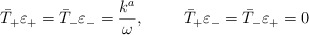
\begin{align*}\bar{T}_+{\varepsilon}_+ = \bar{T}_-\varepsilon_- = \frac{k^a}{\omega}, \hskip 1.0cm \bar{T}_+{\varepsilon}_- = \bar{T}_-\varepsilon_+ = 0\end{align*}